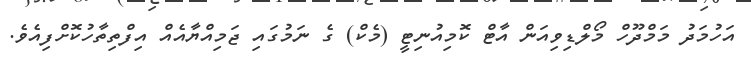
އަހުމަދު މަމްދޫހް މޯލްޑިވިއަން އާޓް ކޮމިއުނިޓީ (މެކް) ގެ ނަމުގައި ޖަމިއްޔާއެއް އިފްތިތާހުކޮށްފިއެވެ.